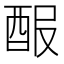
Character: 𨠡